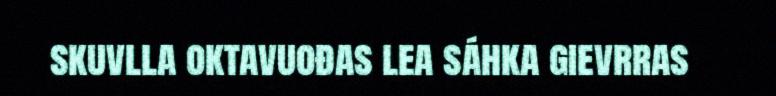
skuvlla oktavuođas lea sáhka gievrras